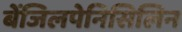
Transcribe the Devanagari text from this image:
बेंजिलपेनिसिलिन